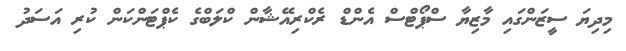
މިދިޔަ ސީޒަންގައި މާޒިޔާ ސްޕޯޓްސް އެންޑް ރެކްރިއޭޝާން ކްލަބްގެ ކެޕްޓަންކަން ކުރި އަސަދު